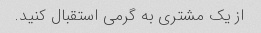
از یک مشتری به گرمی استقبال کنید.